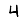
Digit: 4